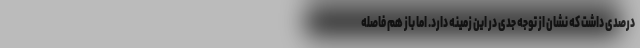
درصدی داشت که نشان از توجه جدی در این زمینه دارد. اما باز هم فاصله